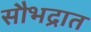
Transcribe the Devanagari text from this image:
सौभद्रात